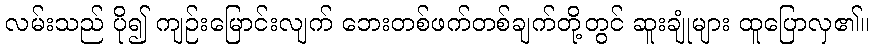
လမ်းသည် ပို၍ ကျဉ်းမြောင်းလျက် ဘေးတစ်ဖက်တစ်ချက်တို့တွင် ဆူးချုံများ ထူပြောလှ၏။